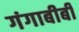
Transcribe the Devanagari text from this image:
गंगाबीबी